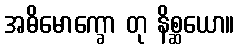
အဓိမောက္ခော တု နိစ္ဆယော။